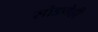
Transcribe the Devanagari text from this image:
सोडणेही